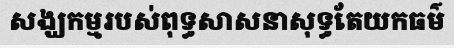
សង្ឃកម្មរបស់ពុទ្ធសាសនាសុទ្ធតែយកធម៌